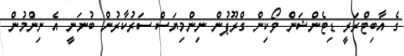
ގެ އާބިޓްރަރީ ޑިޓެންޝަން ވޯކިން ގްރޫޕުން ނިންމިޔަސް ސަރުކާރުން ބުނަނީ އެ ނިންމުން